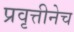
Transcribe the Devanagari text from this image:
प्रवृत्तीनेच